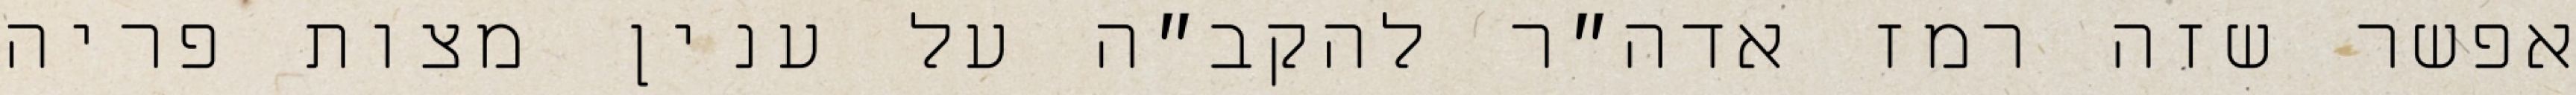
אפשר שזה רמז אדה״ר להקב״ה על ענין מצות פריה